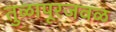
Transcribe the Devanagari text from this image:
तुळापूरजवळ